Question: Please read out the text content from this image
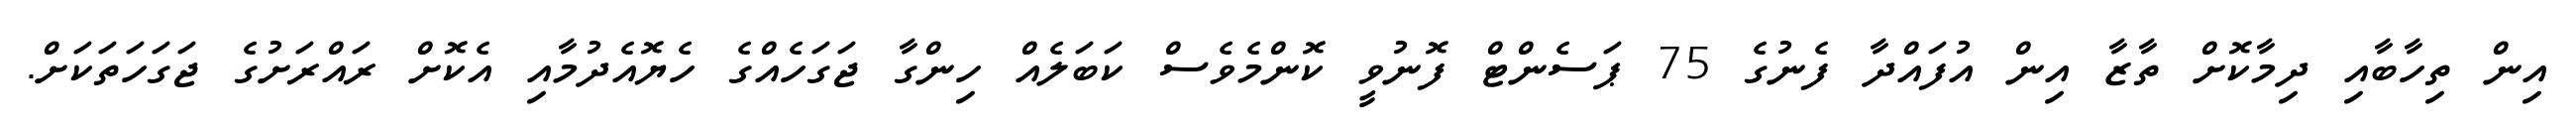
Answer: އިން ތިހާބާއި ދިމާކޮށް ތާޒާ އިން އުފައްދާ ފެނުގެ 75 ޕަސެންޓް ފޮނުވީ ކޮންމެވެސް ކަބަލެއް ހިންގާ ޖަގަހެއްގެ ހެޔޮއެދުމާއި އެކޮށް ރައްރަށުގެ ޖަގަހަތަކަށް.